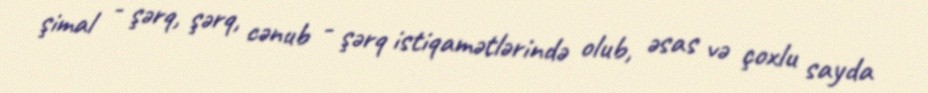
şimal - şərq, şərq, cənub - şərq istiqamətlərində olub, əsas və çoxlu sayda